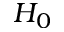
H _ { 0 }